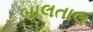
બાલતાલ